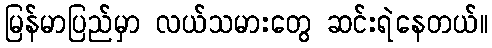
မြန်မာပြည်မှာ လယ်သမားတွေ ဆင်းရဲနေတယ်။